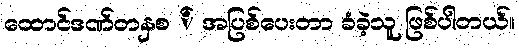
ထောင်ဒဏ်တနှစ ် အပြစ်ပေးတာ ခံခဲ့သူ ဖြစ်ပါတယ်။